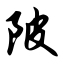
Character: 陂